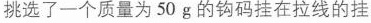
挑选了一个质量为50g的钩码挂在拉线的挂